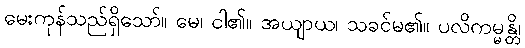
မေးကုန်သည်ရှိသော်။ မေ၊ ငါ၏။ အယျာယ၊ သခင်မ၏။ ပလိကမ္မန္တိ၊